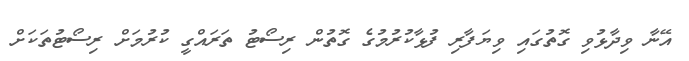
އޭނާ ވިދާޅުވި ގޮތުގައި ވިޔަފާރި ފުޅާކުރުމުގެ ގޮތުން ރިސޯޓު ތަރަައްގީ ކުރުމަށް ރިސޯޓުތަކަށް